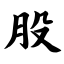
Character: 股